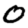
Digit: 0